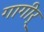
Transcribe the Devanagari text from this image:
गागीर्